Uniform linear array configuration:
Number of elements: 8
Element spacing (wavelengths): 0.25
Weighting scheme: cosine
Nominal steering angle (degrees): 30
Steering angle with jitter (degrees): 29.717
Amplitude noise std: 0.05
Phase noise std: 0.05

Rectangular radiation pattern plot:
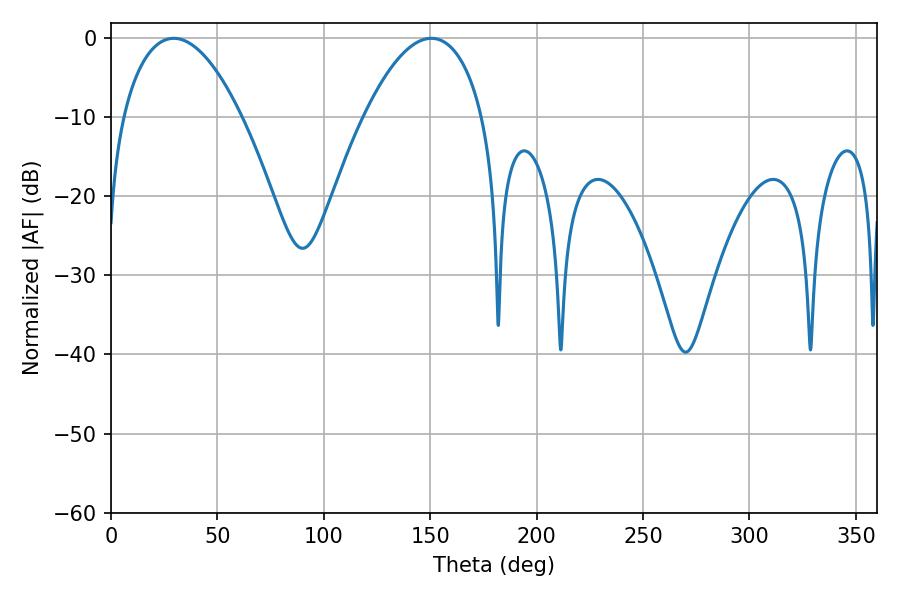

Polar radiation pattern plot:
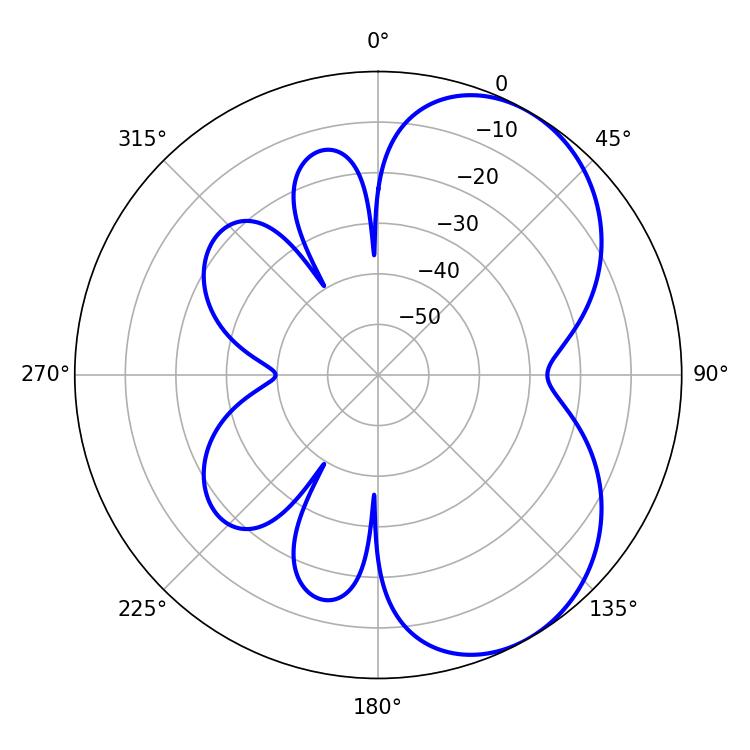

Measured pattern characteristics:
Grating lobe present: FALSE
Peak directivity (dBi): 5.36
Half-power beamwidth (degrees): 31.14
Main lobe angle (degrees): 29.52